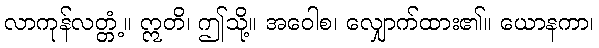
လာကုန်လတ္တံ့။ ဣတိ၊ ဤသို့။ အဝေါစ၊ လျှောက်ထား၏။ ယောနကာ၊